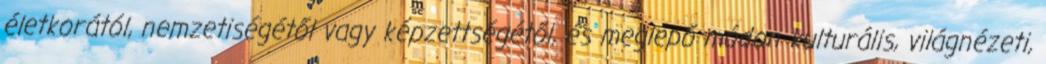
életkorától, nemzetiségétől vagy képzettségétől, és meglepő módon kulturális, világnézeti,